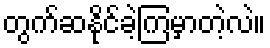
တွက်ဆနိုင်ခဲ့ကြမှာတဲ့လဲ။